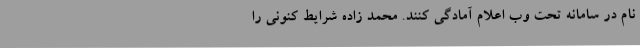
نام در سامانه تحت وب اعلام آمادگی کنند. محمد زاده شرایط کنونی را